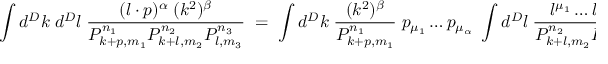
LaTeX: \int d ^ { D } k \; d ^ { D } l \; \frac { ( l \cdot p ) ^ { \alpha } \: ( k ^ { 2 } ) ^ { \beta } } { P _ { k + p , m _ { 1 } } ^ { n _ { 1 } } P _ { k + l , m _ { 2 } } ^ { n _ { 2 } } P _ { l , m _ { 3 } } ^ { n _ { 3 } } } \; \: \: = \; \: \: \int d ^ { D } k \; \frac { ( k ^ { 2 } ) ^ { \beta } } { P _ { k + p , m _ { 1 } } ^ { n _ { 1 } } } \; p _ { \mu _ { 1 } } \ldots p _ { \mu _ { \alpha } } \; \int d ^ { D } l \; \frac { l ^ { \mu _ { 1 } } \ldots l ^ { \mu _ { \alpha } } } { P _ { k + l , m _ { 2 } } ^ { n _ { 2 } } P _ { l , m _ { 3 } } ^ { n _ { 3 } } } \: .